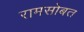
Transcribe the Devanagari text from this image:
रामसोबत